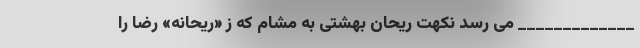
_____________ مى رسد نکهت ریحان بهشتى به مشام که ز «ریحانه» رضا را